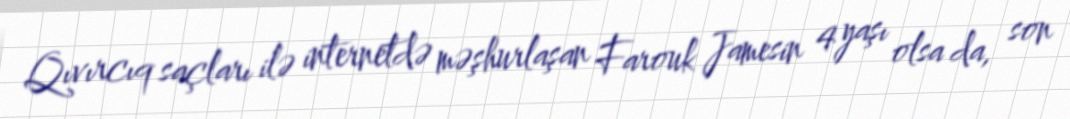
Qıvırcıq saçları ilə internetdə məşhurlaşan Farouk Jamesin 4 yaşı olsa da, son